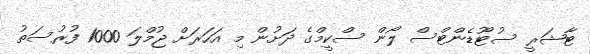
ޓާޝަރީ ސުޓޫޑެންޓްސް ލޯން ސްކީމްގެ ދަށުން މި އަހަރަށް ޖުމްލަ 1000 ފުރުސަތު